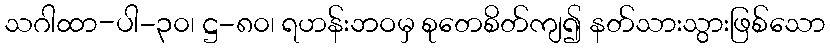
သဂါထာ-ပါ-၃၀၊ ဋ္ဌ-၈၀၊ ရဟန်းဘဝမှ စုတေစိတ်ကျ၍ နတ်သားသွားဖြစ်သော